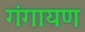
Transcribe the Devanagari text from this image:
गंगायण